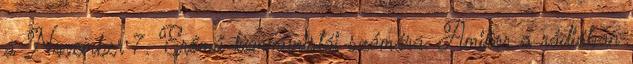
a November 7. Erőmű kommunistái számára. Amikor a rádióban